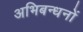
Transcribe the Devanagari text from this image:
अभिबन्धनों